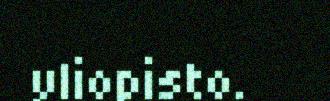
yliopisto.